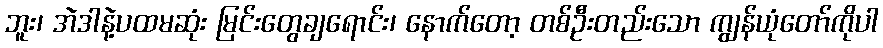
ဘူး၊ အဲဒါနဲ့ပထမဆုံး မြင်းတွေချရောင်း၊ နောက်တော့ တစ်ဦးတည်းသော ကျွန်ယုံတော်ကိုပါ